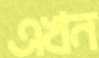
এখন